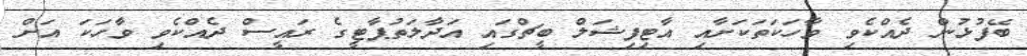
ބޭފުޅުން ދެއްކެވި ވާހަކަތަކަށާއި އާޓިފިޝަލް ބީޗްގައި އަދާލަތުޕާޓީގެ ރައީސް ދެއްކެވި ވާހަކަ އަށް